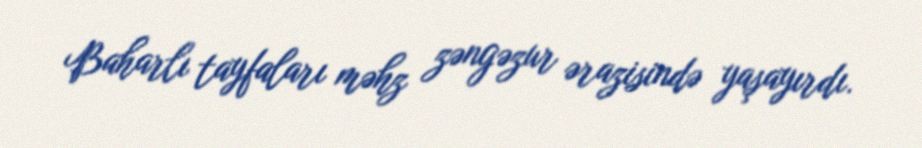
Baharlı tayfaları məhz zəngəzur ərazisində yaşayırdı.